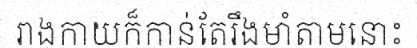
រាងកាយក៏កាន់តែរឹងមាំតាមនោះ